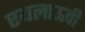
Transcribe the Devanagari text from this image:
एयलाऊची